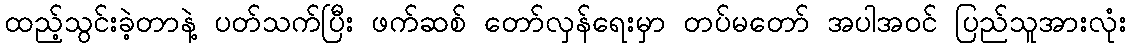
ထည့်သွင်းခဲ့တာနဲ့ ပတ်သက်ပြီး ဖက်ဆစ် တော်လှန်ရေးမှာ တပ်မတော် အပါအဝင် ပြည်သူအားလုံး